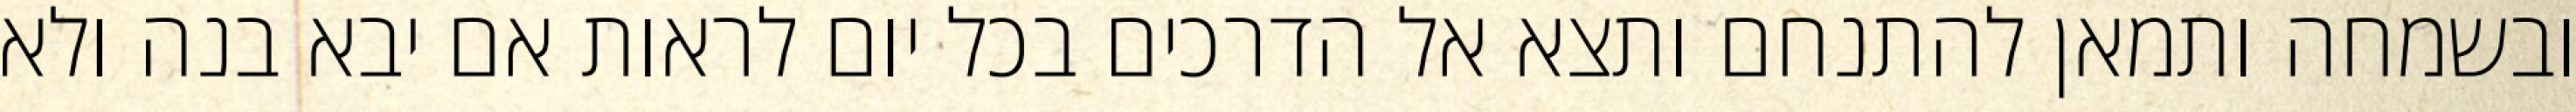
ובשמחה ותמאן להתנחם ותצא אל הדרכים בכל יום לראות אם יבא בנה ולא